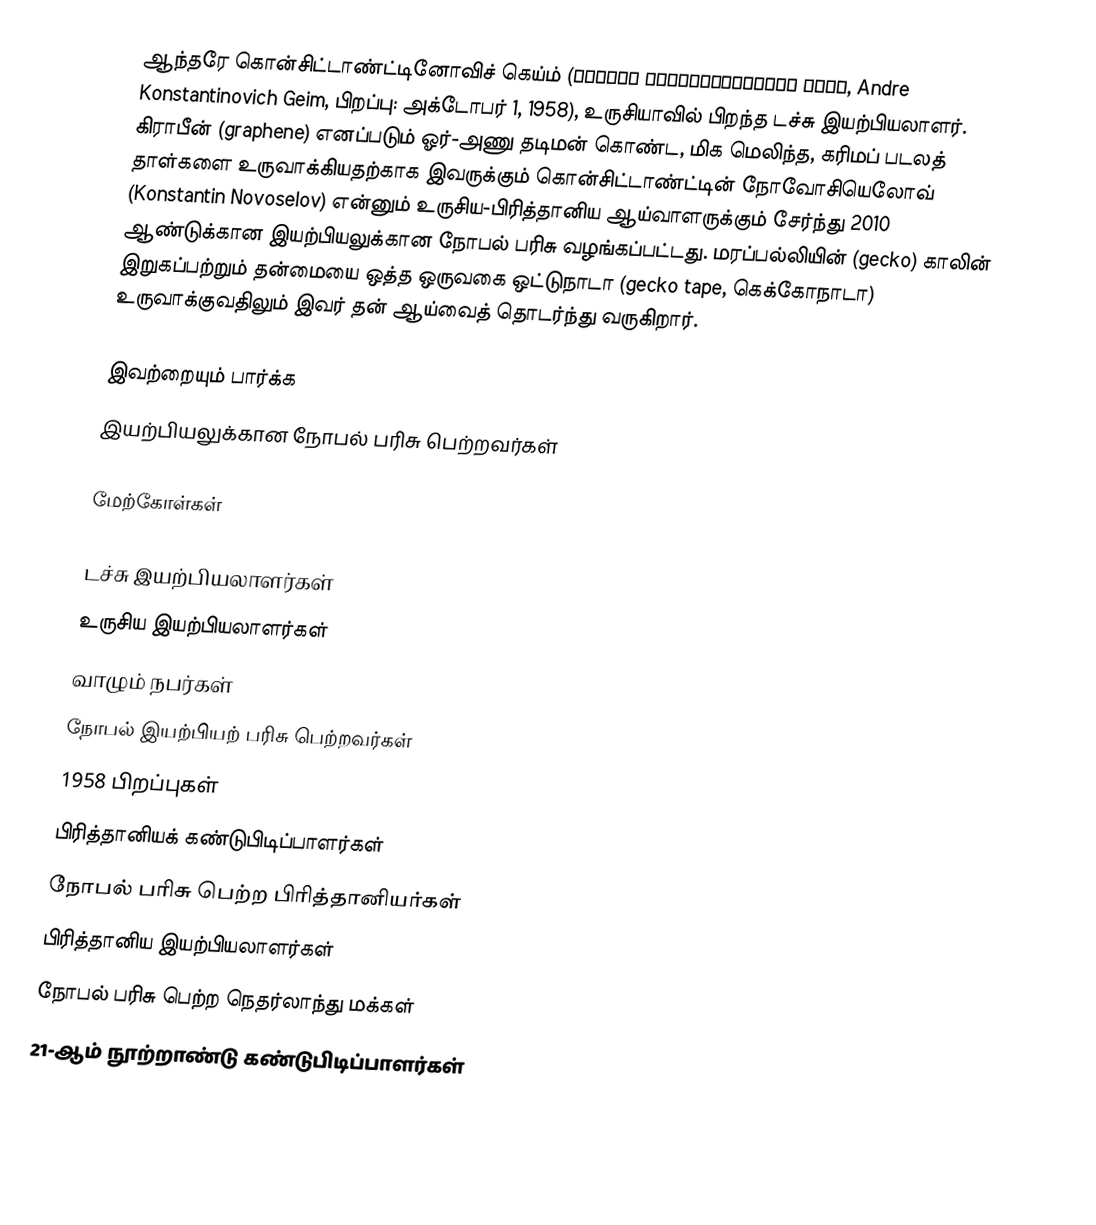
ஆந்தரே கொன்சிட்டாண்ட்டினோவிச் கெய்ம் (Андрей Константинович Гейм, Andre Konstantinovich Geim, பிறப்பு: அக்டோபர் 1, 1958), உருசியாவில் பிறந்த டச்சு இயற்பியலாளர். கிராபீன் (graphene) எனப்படும் ஓர்-அணு தடிமன் கொண்ட, மிக மெலிந்த, கரிமப் படலத் தாள்களை உருவாக்கியதற்காக இவருக்கும் கொன்சிட்டாண்ட்டின் நோவோசியெலோவ் (Konstantin Novoselov) என்னும் உருசிய-பிரித்தானிய ஆய்வாளருக்கும் சேர்ந்து 2010 ஆண்டுக்கான இயற்பியலுக்கான நோபல் பரிசு வழங்கப்பட்டது. மரப்பல்லியின் (gecko) காலின் இறுகப்பற்றும் தன்மையை ஒத்த ஒருவகை ஒட்டுநாடா (gecko tape, கெக்கோநாடா) உருவாக்குவதிலும் இவர் தன் ஆய்வைத் தொடர்ந்து வருகிறார்.

இவற்றையும் பார்க்க
 இயற்பியலுக்கான நோபல் பரிசு பெற்றவர்கள்

மேற்கோள்கள்

டச்சு இயற்பியலாளர்கள்
உருசிய இயற்பியலாளர்கள்
வாழும் நபர்கள்
நோபல் இயற்பியற் பரிசு பெற்றவர்கள்
1958 பிறப்புகள்
பிரித்தானியக் கண்டுபிடிப்பாளர்கள்
நோபல் பரிசு பெற்ற பிரித்தானியர்கள்
பிரித்தானிய இயற்பியலாளர்கள்
நோபல் பரிசு பெற்ற நெதர்லாந்து மக்கள்
21-ஆம் நூற்றாண்டு கண்டுபிடிப்பாளர்கள்